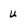
Character: u